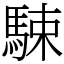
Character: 駷